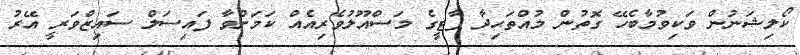
ކޯލިޝަނުން ވަކިވުމާބެހޭ ގޮތުން މުއްތަޙިދާ ޕާޓީގެ މަސްއޫލުވެރިއެއް ކަމަށްވާ ފައިސަލް ސައިޒްވަރީ އޭރު